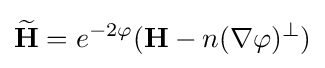
{\widetilde {\textbf {H}}}=e^{-2\varphi }({\textbf {H}}-n(\nabla \varphi )^{\perp })